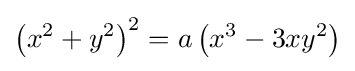
\left(x^{2}+y^{2}\right)^{2}=a\left(x^{3}-3xy^{2}\right)